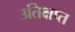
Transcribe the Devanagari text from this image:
उतिक्षप्त